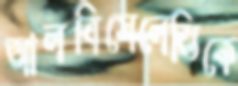
আলবিসেলেস্তিকে